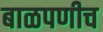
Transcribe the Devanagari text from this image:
बाळपणीच